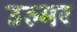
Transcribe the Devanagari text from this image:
उल्मर